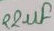
Text: 22µF